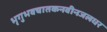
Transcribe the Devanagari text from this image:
भृगुभवचातकनवीनजलधर